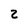
Character: 2